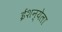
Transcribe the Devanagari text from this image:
ईशन्येला